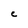
Character: C